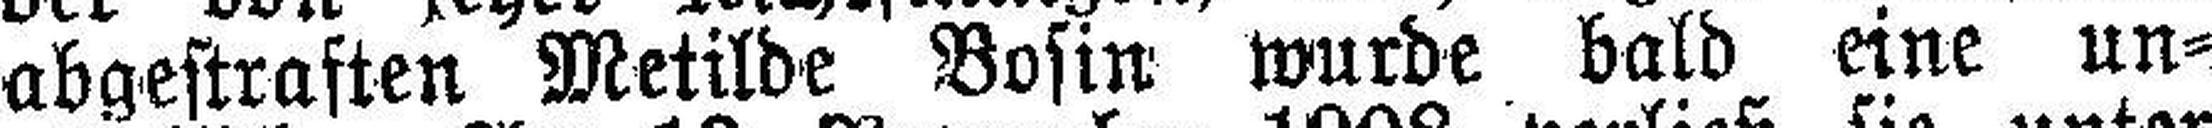
abgestraften Metilde Bosin wurde bald eine un¬